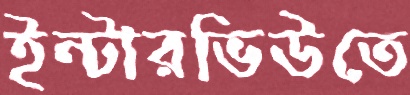
ইন্টারভিউতে